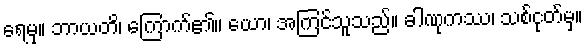
ရေမှ။ ဘာယတိ၊ ကြောက်၏။ ယော၊ အကြင်သူသည်။ ခါဏုကဿ၊ သစ်ငုတ်မှ။